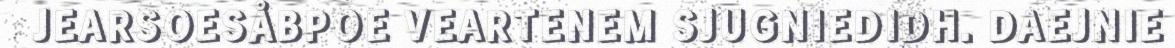
JEARSOESÅBPOE VEARTENEM SJUGNIEDIDH. DAEJNIE